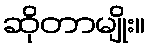
ဆိုတာမျိုး။